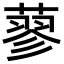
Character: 蓼